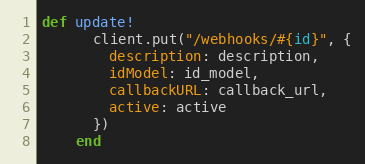
Language: Ruby
def update!
      client.put("/webhooks/#{id}", {
        description: description,
        idModel: id_model,
        callbackURL: callback_url,
        active: active
      })
    end